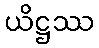
ယိဋ္ဌဿ